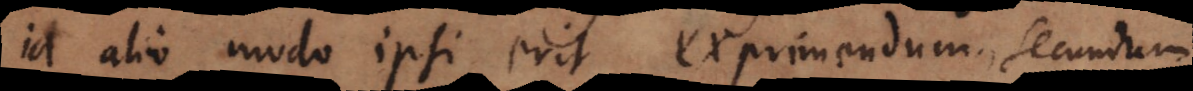
id alio modo ipsi erit exprimendum, secundum